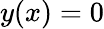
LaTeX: y(x)=0